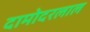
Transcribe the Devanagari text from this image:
दामोदरलाल